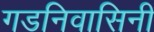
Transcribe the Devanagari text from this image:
गडनिवासिनी